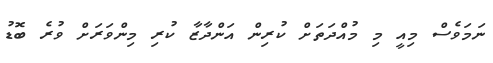
ނަމަވެސް މިއީ މި މުއްދަތަށް ކުރިން އަންދާޒާ ކުރި މިންވަރަށް ވުރެ ބޮޑު